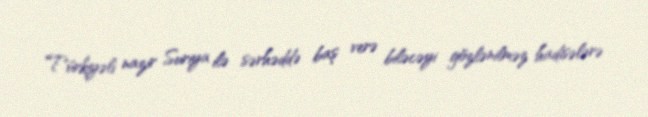
Türkiyəli nazir Suriya ilə sərhəddə baş verə biləcəyi gözlənilməz hadisələrə